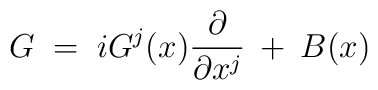
G \;=\; i G^j(x) \frac{\partial}{\partial x^j} \:+\: B(x)